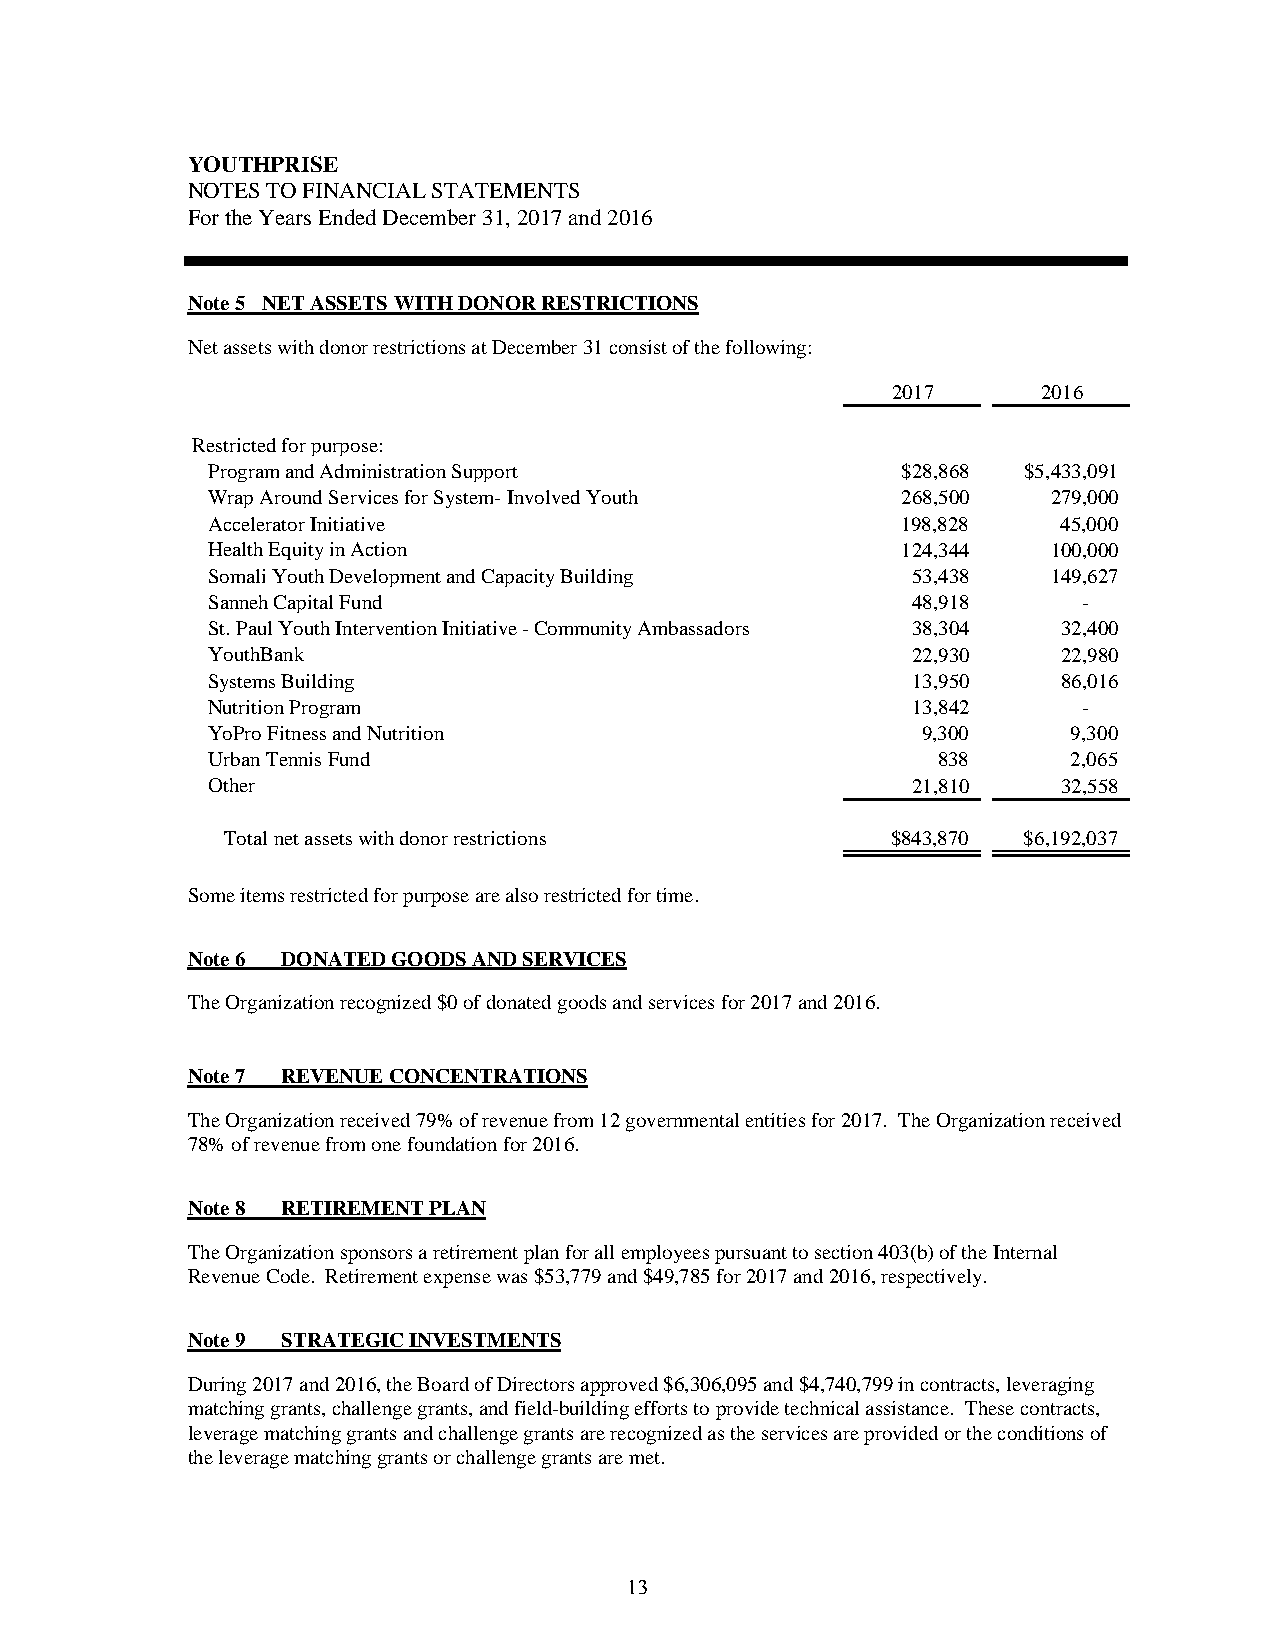
YOUTHPRISE
 NOTES TO FINANCIAL STATEMENTS
 For the Years Ended December 31, 2017 and 2016
 Note 5 NET ASSETS WITH DONOR RESTRICTIONS
 Net assets with donor restrictions at December 31 consist of the following:
 2017      2016
 Restricted for purpose:
 Program and Administration Support            $28,868 $5,433,091
 Wrap Around Services for System- Involved Youth 268,500 279,000
 Accelerator Initiative                        198,828   45,000
 Health Equity in Action                       124,344   100,000
 Somali Youth Development and Capacity Building 53,438   149,627
 Sanneh Capital Fund                           48,918      -
 St. Paul Youth Intervention Initiative - Community Ambassadors 38,304 32,400
 YouthBank                                     22,930    22,980
 Systems Building                              13,950    86,016
 Nutrition Program                             13,842      -
 YoPro Fitness and Nutrition                    9,300     9,300
 Urban Tennis Fund                               838      2,065
 Other                                         21,810    32,558
 Total net assets with donor restrictions    $843,870 $6,192,037
 Some items restricted for purpose are also restricted for time.
 Note 6 DONATED GOODS AND SERVICES
 The Organization recognized $0 of donated goods and services for 2017 and 2016.
 Note 7 REVENUE CONCENTRATIONS
 The Organization received 79% of revenue from 12 governmental entities for 2017. The Organization received
 78% of revenue from one foundation for 2016.
 Note 8 RETIREMENT PLAN
 The Organization sponsors a retirement plan for all employees pursuant to section 403(b) of the Internal
 Revenue Code. Retirement expense was $53,779 and $49,785 for 2017 and 2016, respectively.
 Note 9 STRATEGIC INVESTMENTS
 During 2017 and 2016, the Board of Directors approved $6,306,095 and $4,740,799 in contracts, leveraging
 matching grants, challenge grants, and field-building efforts to provide technical assistance. These contracts,
 leverage matching grants and challenge grants are recognized as the services are provided or the conditions of
 the leverage matching grants or challenge grants are met.
 13